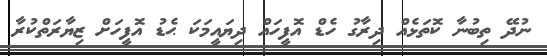
ނުދޭ ތިބުނާ ކޮތަޅެއް ދިރާގު ހެޑް އޮފީހައް ދިޔައީމަކަ ޙެޑު އޮފީހަށް ޒިޔާރަތްކުރާ